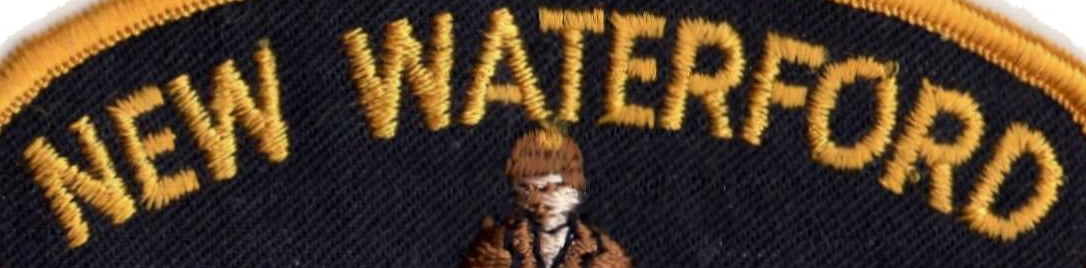
NEW WATERFORD